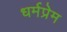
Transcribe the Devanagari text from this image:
धर्मप्रेम